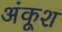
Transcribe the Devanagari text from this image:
अंकूश